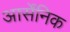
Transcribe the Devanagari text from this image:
आर्सेंनिक